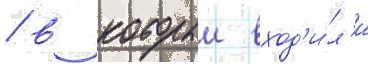
/ в которыи вход'и́л'и